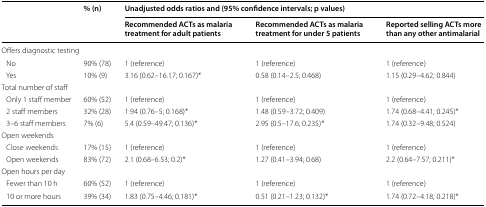
| <ROWSPAN=2>  | <ROWSPAN=2> % (n) | <COLSPAN=3> Unadjusted odds ratios and (95% confidence intervals; p values) |
 | Recommended ACTs as malaria treatment for adult patients | Recommended ACTs as malaria treatment for under 5 patients | Reported selling ACTs more than any other antimalarial |
 | --- | --- | --- | --- | --- |
 | <COLSPAN=5> Offers diagnostic testing |
 | No | 90% (78) | 1 (reference) | 1 (reference) | 1 (reference) |
 | Yes | 10% (9) | 3.16 (0.62–16.17; 0.167)* | 0.58 (0.14–2.5; 0.468) | 1.15 (0.29–4.62; 0.844) |
 | <COLSPAN=5> Total number of staff |
 | Only 1 staff member | 60% (52) | 1 (reference) | 1 (reference) | 1 (reference) |
 | 2 staff members | 32% (28) | 1.94 (0.76–5; 0.168)* | 1.48 (0.59–3.72; 0.409) | 1.74 (0.68–4.41; 0.245)* |
 | 3–6 staff members | 7% (6) | 5.4 (0.59–49.47; 0.136)* | 2.95 (0.5–17.6; 0.235)* | 1.74 (0.32–9.48; 0.524) |
 | <COLSPAN=5> Open weekends |
 | Close weekends | 17% (15) | 1 (reference) | 1 (reference) | 1 (reference) |
 | Open weekends | 83% (72) | 2.1 (0.68–6.53; 0.2)* | 1.27 (0.41–3.94; 0.68) | 2.2 (0.64–7.57; 0.211)* |
 | <COLSPAN=5> Open hours per day |
 | Fewer than 10 h | 60% (52) | 1 (reference) | 1 (reference) | 1 (reference) |
 | 10 or more hours | 39% (34) | 1.83 (0.75–4.46; 0.181)* | 0.51 (0.21–1.23; 0.132)* | 1.74 (0.72–4.18; 0.218)* |